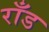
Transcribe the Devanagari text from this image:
राँड